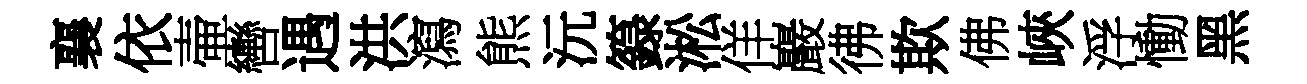
襄依壷轡遇洪瀉熊沅籙淞佯巖彿欺佛峽浮慟黑